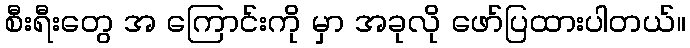
စီးရီးတွေ အ ကြောင်းကို မှာ အခုလို ဖော်ပြထားပါတယ်။